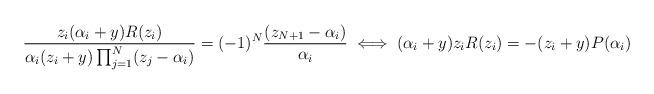
LaTeX: \begin{align*}\frac{z_i(\alpha_i+y)R(z_i)}{\alpha_i(z_i+y)\prod_{j=1}^{N}(z_j-\alpha_i)}=(-1)^N\frac{(z_{N+1}-\alpha_i)}{\alpha_i} \iff (\alpha_i+y) z_i R(z_i)=-(z_i+y)P(\alpha_i)\end{align*}